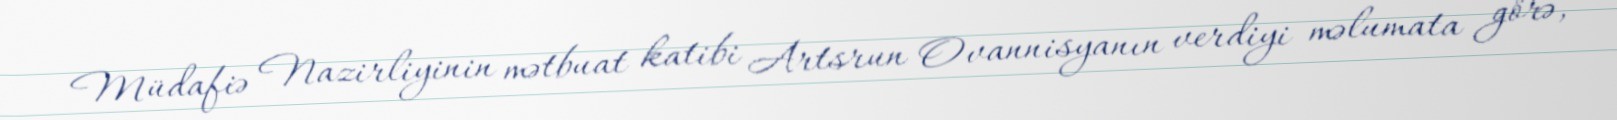
Müdafiə Nazirliyinin mətbuat katibi Artsrun Ovannisyanın verdiyi məlumata görə,